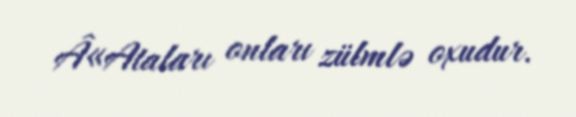
Â«Ataları onları zülmlə oxudur.